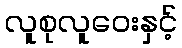
လူစုလူဝေးနှင့်